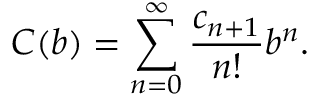
C ( b ) = \sum _ { n = 0 } ^ { \infty } { \frac { c _ { n + 1 } } { n ! } } b ^ { n } .